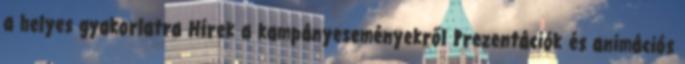
a helyes gyakorlatra Hírek a kampányeseményekről Prezentációk és animációs